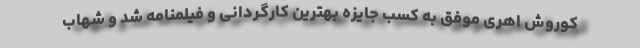
کوروش اهری موفق به کسب جایزه بهترین کارگردانی و فیلمنامه شد و شهاب